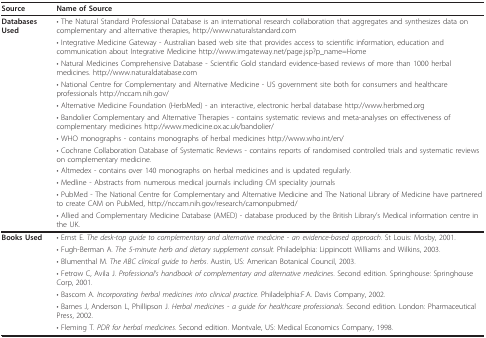
| Source | Name of Source |
 | --- | --- |
 | Databases Used | • The Natural Standard Professional Database is an international research collaboration that aggregates and synthesizes data on complementary and alternative therapies, http://www.naturalstandard.com |
 |  | • Integrative Medicine Gateway - Australian based web site that provides access to scientific information, education and communication about Integrative Medicine http://www.imgateway.net/page.jsp?p_name=Home |
 |  | • Natural Medicines Comprehensive Database - Scientific Gold standard evidence-based reviews of more than 1000 herbal medicines. http://www.naturaldatabase.com |
 |  | • National Centre for Complementary and Alternative Medicine - US government site both for consumers and healthcare professionals http://nccam.nih.gov/ |
 |  | • Alternative Medicine Foundation (HerbMed) - an interactive, electronic herbal database http://www.herbmed.org |
 |  | • Bandolier Complementary and Alternative Therapies - contains systematic reviews and meta-analyses on effectiveness of complementary medicines http://www.medicine.ox.ac.uk/bandolier/ |
 |  | • WHO monographs - contains monographs of herbal medicines http://www.who.int/en/ |
 |  | • Cochrane Collaboration Database of Systematic Reviews - contains reports of randomised controlled trials and systematic reviews on complementary medicine. |
 |  | • Altmedex - contains over 140 monographs on herbal medicines and is updated regularly. |
 |  | • Medline - Abstracts from numerous medical journals including CM speciality journals |
 |  | • PubMed - The National Centre for Complementary and Alternative Medicine and The National Library of Medicine have partnered to create CAM on PubMed, http://nccam.nih.gov/research/camonpubmed/ |
 |  | • Allied and Complementary Medicine Database (AMED) - database produced by the British Library's Medical information centre in the UK. |
 | Books Used | • Ernst E. The desk-top guide to complementary and alternative medicine - an evidence-based approach. St Louis: Mosby, 2001. |
 |  | • Fugh-Berman A. The 5-minute herb and dietary supplement consult. Philadelphia: Lippincott Williams and Wilkins, 2003. |
 |  | • Blumenthal M. The ABC clinical guide to herbs. Austin, US: American Botanical Council, 2003. |
 |  | • Fetrow C, Avila J. Professional's handbook of complementary and alternative medicines. Second edition. Springhouse: Springhouse Corp, 2001. |
 |  | • Bascom A. Incorporating herbal medicines into clinical practice. Philadelphia:F.A. Davis Company, 2002. |
 |  | • Barnes J, Anderson L, Phillipson J. Herbal medicines - a guide for healthcare professionals. Second edition. London: Pharmaceutical Press, 2002. |
 |  | • Fleming T. PDR for herbal medicines. Second edition. Montvale, US: Medical Economics Company, 1998. |